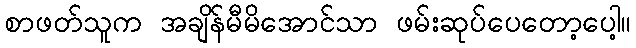
စာဖတ်သူက အချိန်မီမိအောင်သာ ဖမ်းဆုပ်ပေတော့ပေါ့။